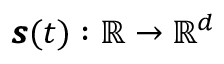
\pmb { s } ( t ) : \mathbb { R } \rightarrow \mathbb { R } ^ { d }